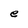
Character: e